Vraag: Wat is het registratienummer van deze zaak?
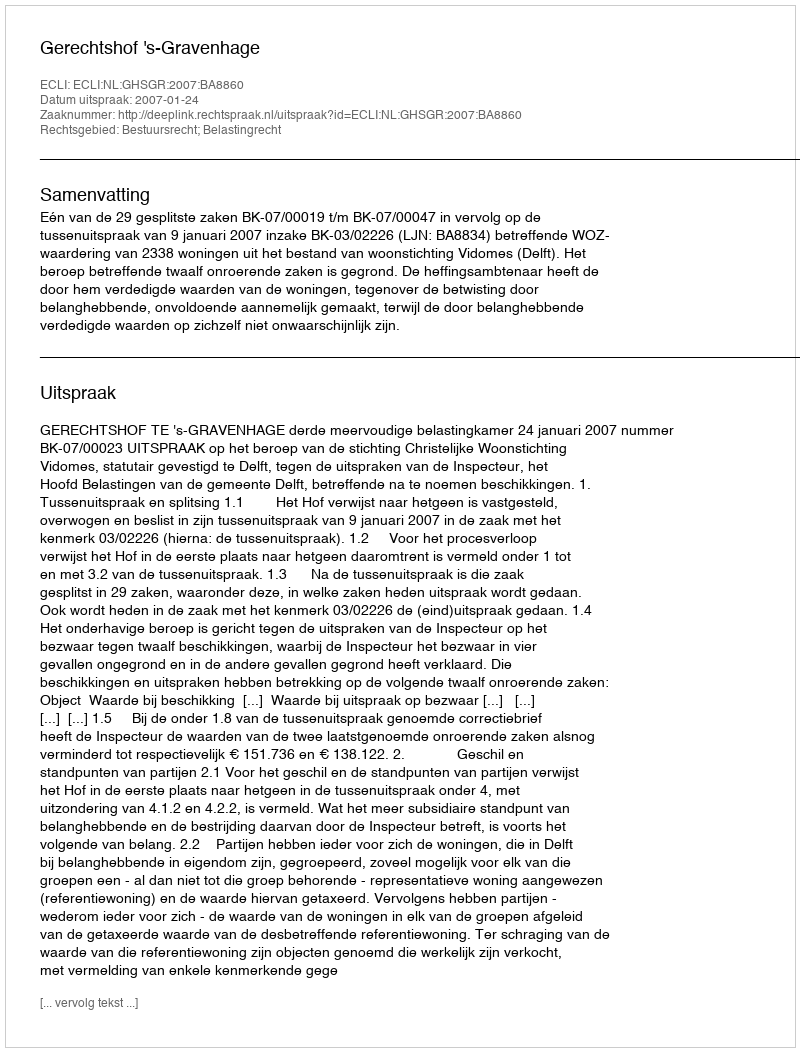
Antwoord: http://deeplink.rechtspraak.nl/uitspraak?id=ECLI:NL:GHSGR:2007:BA8860